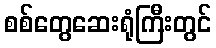
စစ်တွေဆေးရုံကြီးတွင်